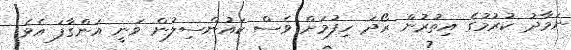
ނަމާދު ކުރުމުގެ އިތުރުން ރޯދަ ހިފުމަށް ވެސް ކައުންސިލުން ވަނީ އަންގާފަ އެވެ.